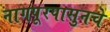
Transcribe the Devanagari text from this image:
नागपूरपासुनचे